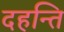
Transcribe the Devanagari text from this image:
दहन्ति